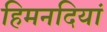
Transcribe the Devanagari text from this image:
हिमनदियां